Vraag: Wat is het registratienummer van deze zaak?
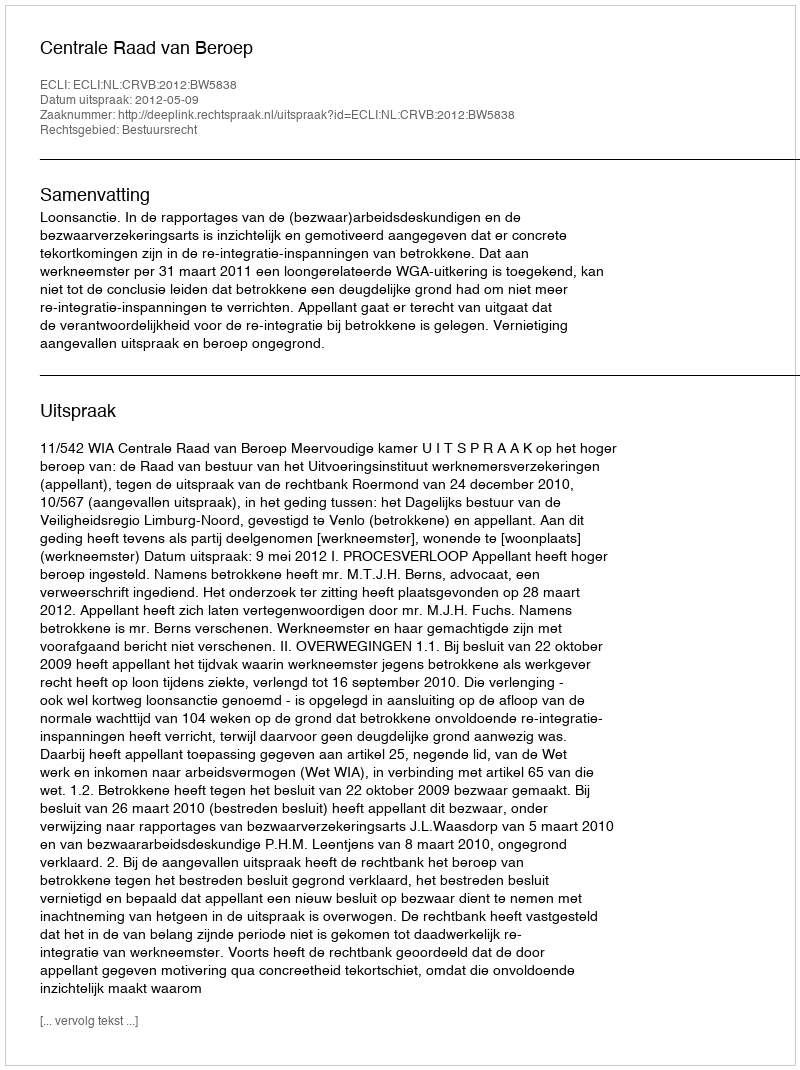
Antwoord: http://deeplink.rechtspraak.nl/uitspraak?id=ECLI:NL:CRVB:2012:BW5838